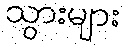
သွားများ